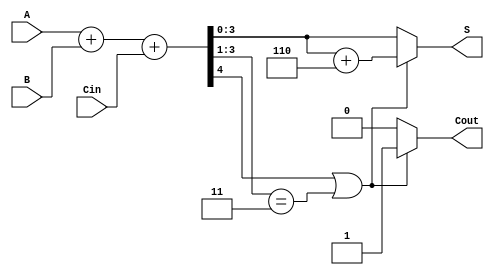
module BCD_Ripple_Carry_Adder (
    input [3:0] A,        // 4-bit BCD input A
    input [3:0] B,        // 4-bit BCD input B
    input Cin,            // Carry-in
    output reg [3:0] S,   // 4-bit sum output
    output reg Cout       // Carry-out
);

    wire [4:0] sum;       // 5-bit sum to accommodate carry
    wire correction;       // Flag for correction

    // Step 1: Compute initial sum
    assign sum = A + B + Cin;

    // Step 2: Determine if correction is needed
    assign correction = (sum[4] || (sum[3:1] == 3'b011)); // Check if S >= 10

    // Step 3: Compute final BCD sum
    always @(*) begin
        if (correction) begin
            S = sum[3:0] + 4'b0110; // Add 6 to correct the sum
            Cout = 1;               // Set carry out
        end else begin
            S = sum[3:0];           // No correction needed
            Cout = 0;               // No carry out
        end
    end

endmodule